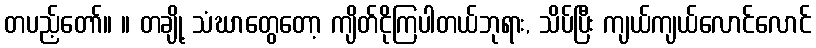
တပည့်တော်။ ။ တချို့ သံဃာတွေတော့ ကျိတ်ငိုကြပါတယ်ဘုရား, သိပ်ပြီး ကျယ်ကျယ်လောင်လောင်